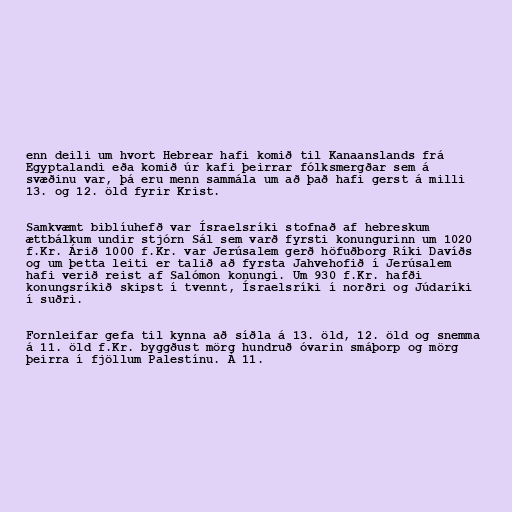
enn deili um hvort Hebrear hafi komið til Kanaanslands frá
Egyptalandi eða komið úr kafi þeirrar fólksmergðar sem á
svæðinu var, þá eru menn sammála um að það hafi gerst á milli
13. og 12. öld fyrir Krist.

Samkvæmt biblíuhefð var Ísraelsríki stofnað af hebreskum
ættbálkum undir stjórn Sál sem varð fyrsti konungurinn um 1020
f.Kr. Árið 1000 f.Kr. var Jerúsalem gerð höfuðborg Ríki Davíðs
og um þetta leiti er talið að fyrsta Jahvehofið í Jerúsalem
hafi verið reist af Salómon konungi. Um 930 f.Kr. hafði
konungsríkið skipst í tvennt, Ísraelsríki í norðri og Júdaríki
í suðri.

Fornleifar gefa til kynna að síðla á 13. öld, 12. öld og snemma
á 11. öld f.Kr. byggðust mörg hundruð óvarin smáþorp og mörg
þeirra í fjöllum Palestínu. Á 11.